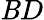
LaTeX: \mathit{B}D